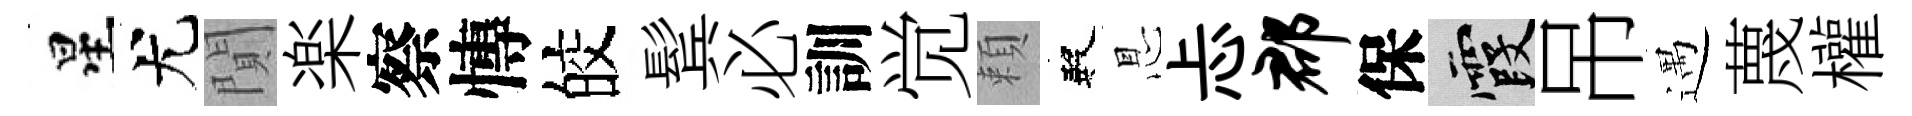
星尤閴楽察慱皎鬂必訓觉頼殿㤙忐郡保霞吊遇蔑權